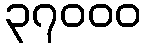
၃၇၀၀၀